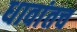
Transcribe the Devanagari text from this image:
धावांतच